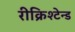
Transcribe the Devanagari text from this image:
रीक्रिश्टेन्ड